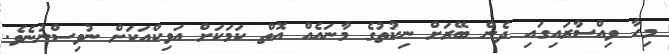
މިހާ ވިއްސާރައިގައި ދެން ބޭރަށް ނިކުތުގެ މާނައެއް އޮތް ކަމަކަށް އަވިކްއަކަށް ނުވިސްނުނެވެ.